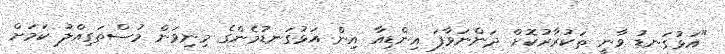
"އަޅުގަނޑު ވާނީ ތަކުރާރުކޮށް ދަންނަވާފަ އިންޑިއާ އިން އަޅުގަނޑުމެންގެ މިނިވަން މުސްތަގިއްލު ކަމަށް